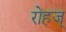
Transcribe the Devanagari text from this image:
रोहज्